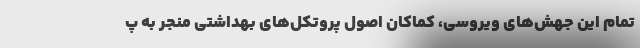
تمام این جهش‌های ویروسی، کماکان اصول پروتکل‌های بهداشتی منجر به پ